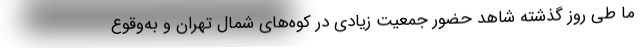
ما طی روز گذشته شاهد حضور جمعیت‌ زیادی در کوه‌های شمال تهران و به‌وقوع